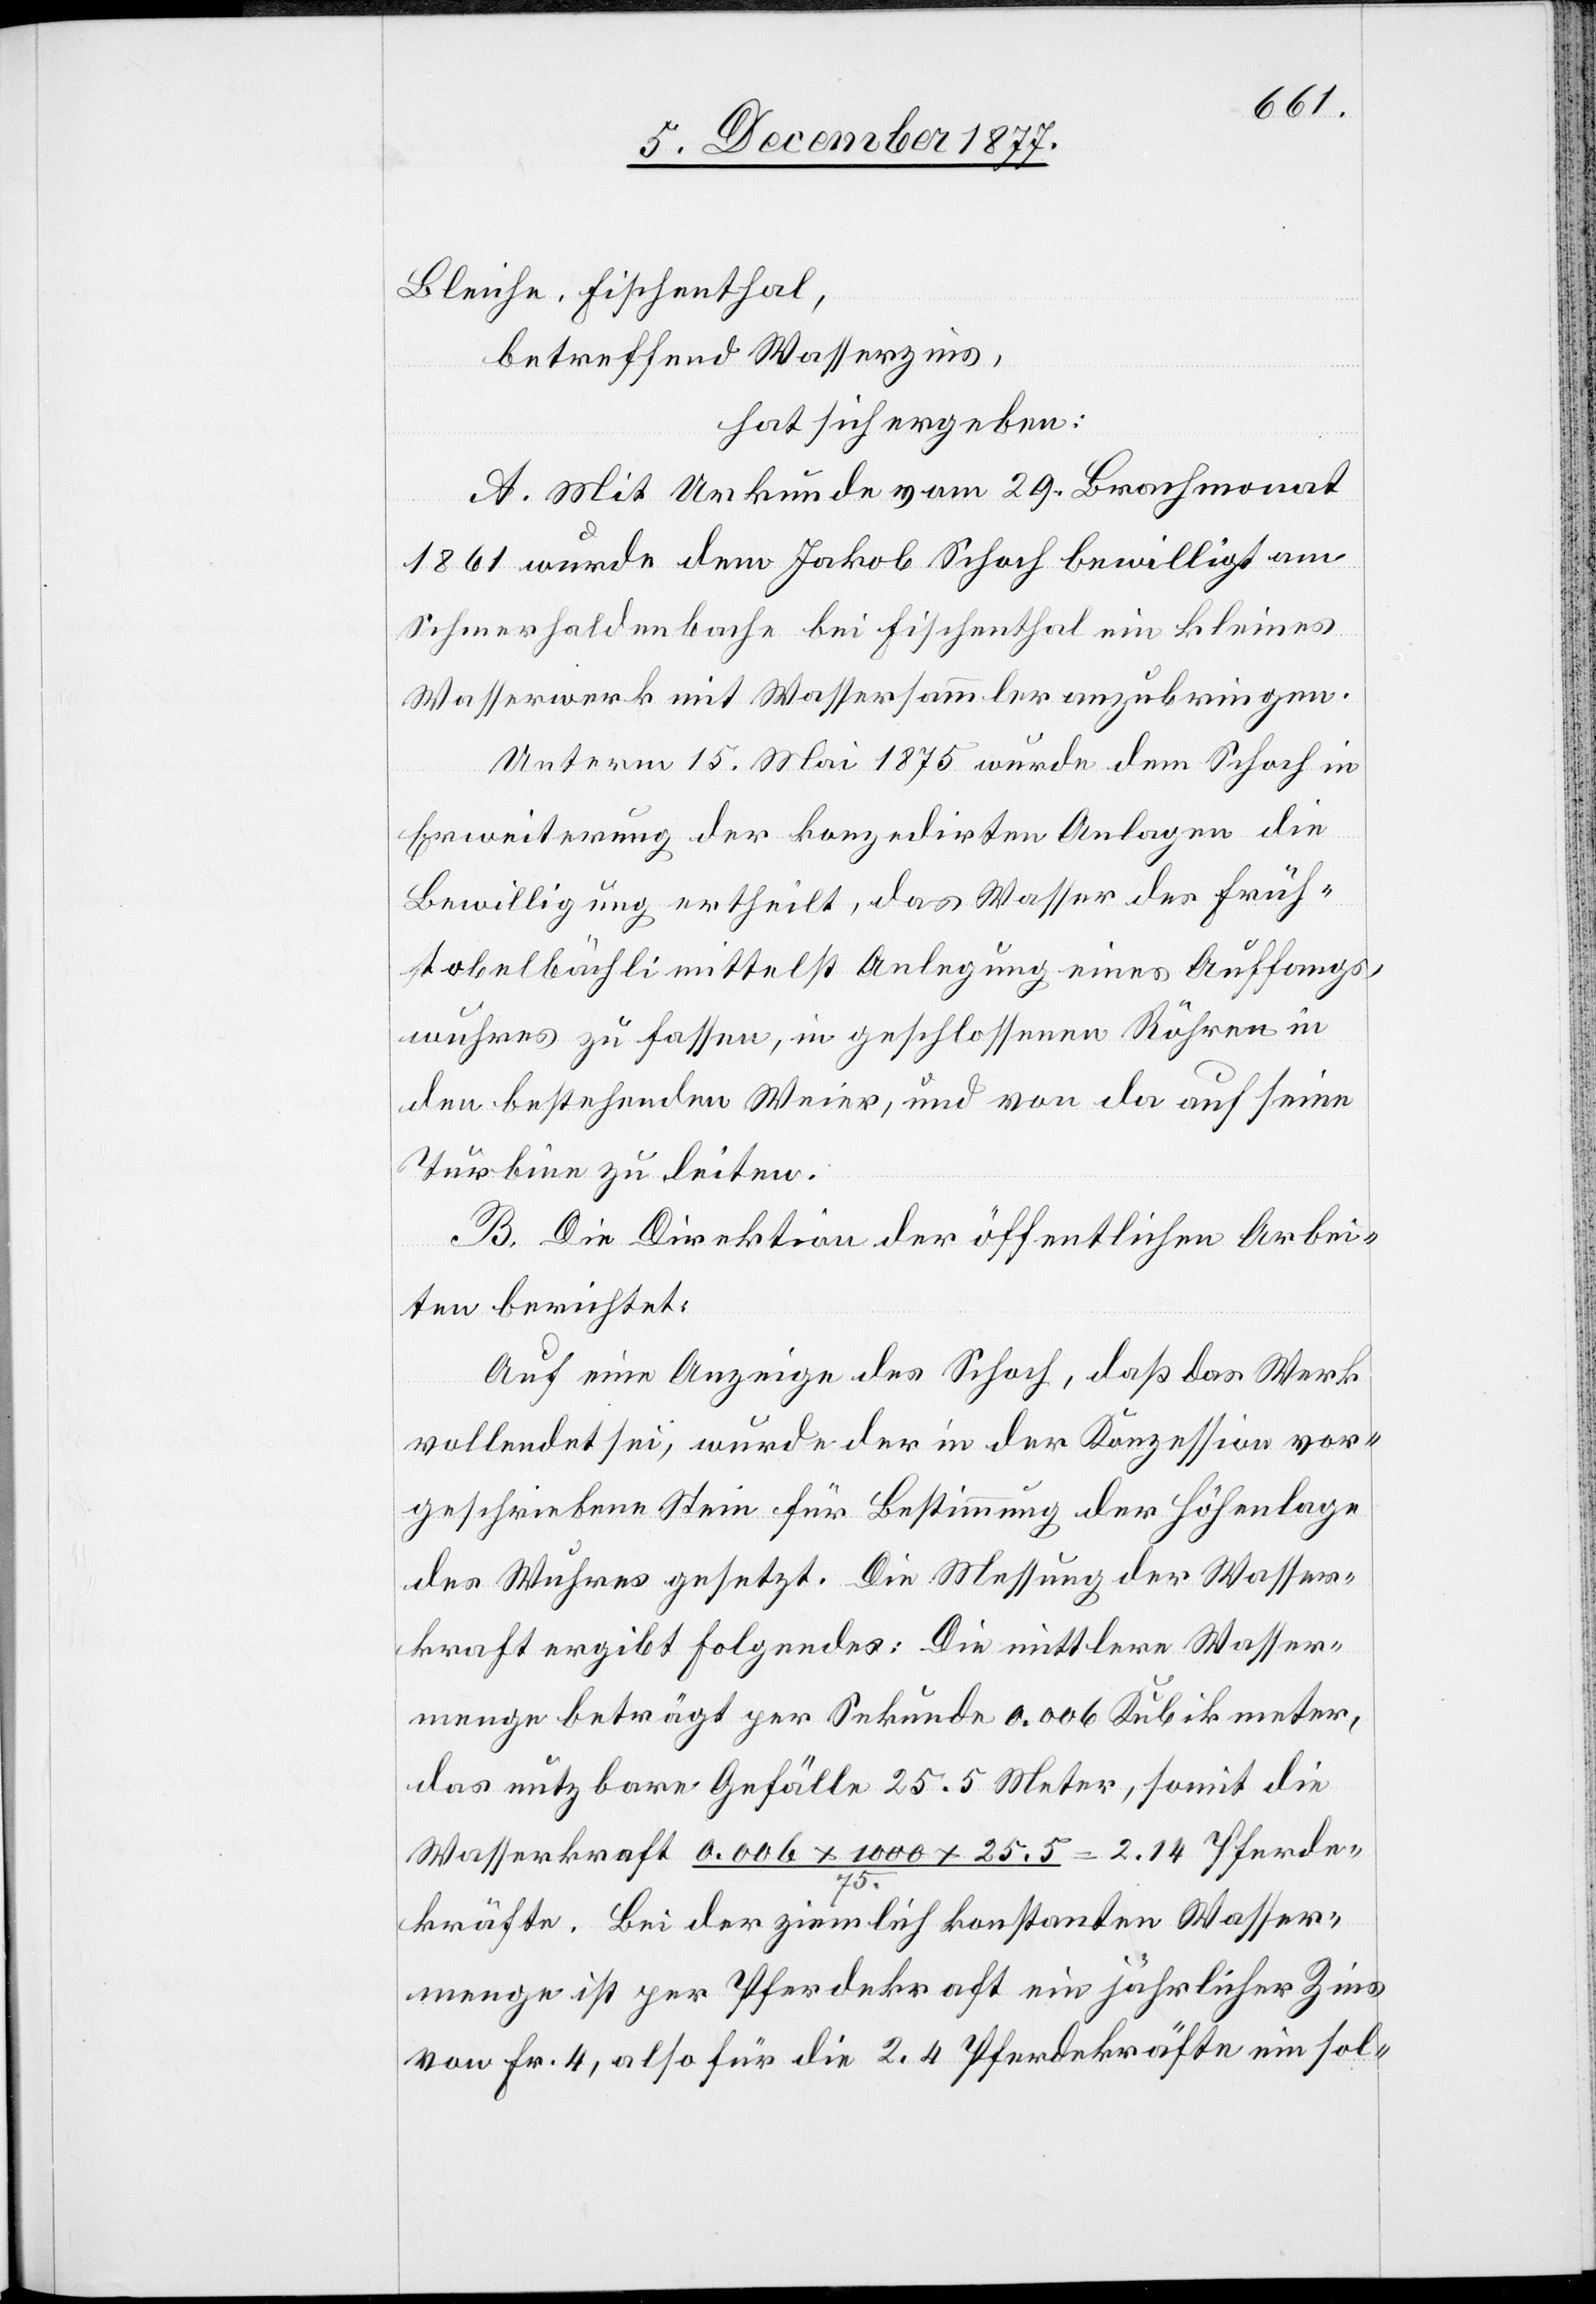
Bleiche, Fischenthal,
betreffend Wasserzins,
hat sich ergeben:
A. Mit Urkunde vom 29. Brachmonat
1861 wurde dem Jakob Schoch bewilligt am
Schmerhaldenbache bei Fischenthal ein kleines
Wasserwerk mit Wassersammler anzubringen.
Unterm 15. Mai 1875 wurde dem Schoch in
Erweiterung der konzedirten Anlagen die
Bewilligung ertheilt, das Wasser des Früh¬
tobelbächli mittelst Anlegung eines Auffangs¬
wuhres zu fassen, in geschlossenen Röhren in
den bestehenden Weier, und von da auf seine
Turbine zu leiten.
B. Die Direktion der öffentlichen Arbei¬
ten berichtet:
Auf eine Anzeige des Schoch, daß das Werk
vollendet sei, wurde der in der Konzession vor¬
geschriebene Stein für Bestimmung der Höhenlage
des Wuhres gesetzt. Die Messung der Wasser¬
kraft ergibt Folgendes: Die mittlere Wasser¬
menge beträgt per Sekunde 0.006 Kubikmeter,
das nutzbare Gefälle 25.5 Meter, somit die
Wasserkraft 0.006 x 1000 x 25.5 / 75. = 2.14 Pferde¬
kräfte. Bei der ziemlich konstanten Wasser¬
menge ist per Pferdekraft ein jährlicher Zins
von Fr. 4, also für die 2.4 [sic!] Pferdekräfte ein sol-